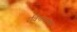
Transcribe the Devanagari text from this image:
रविनारायण